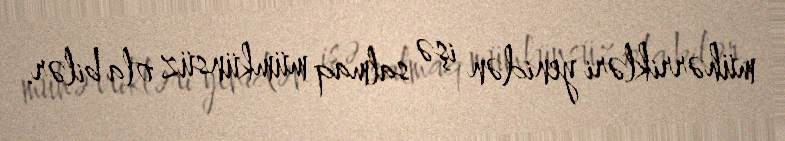
mühərrikləri yenidən işə salmaq mümkünsüz ola bilər.